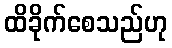
ထိခိုက်စေသည်ဟု